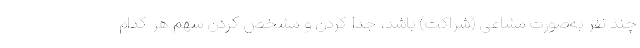
چند نفر به‌صورت مشاعی (شراکت) باشد، جدا کردن و مشخص کردن سهم هر کدام